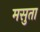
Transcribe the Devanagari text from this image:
मसुता